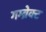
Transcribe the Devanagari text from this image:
गम्ब्रेक्ट